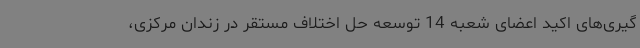
گیری‌های اکید اعضای شعبه 14 توسعه حل اختلاف مستقر در زندان مرکزی،